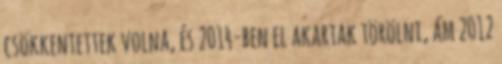
csökkentettek volna, és 2014-ben el akartak törölni, ám 2012